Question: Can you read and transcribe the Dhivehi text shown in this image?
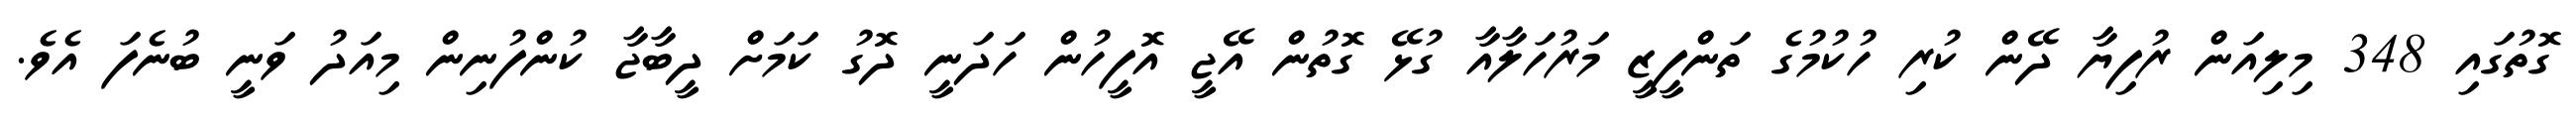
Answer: ގޮތުގައި 348 މިލިއަން ރުފިޔާ ދޭން ކުރި ހުކުމުގެ ތަންފީޒީ މަރުހަލާއާ ގުޅޭ ގޮތުން އޭޖީ އޮފީހުން ހަދަނީ ދޮގު ކަމަށް ދީބާޖާ ކުންފުނިން މިއަދު ވަނީ ބުނެފަ އެވެ.